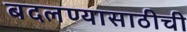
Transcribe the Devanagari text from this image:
बदलण्यासाठीची